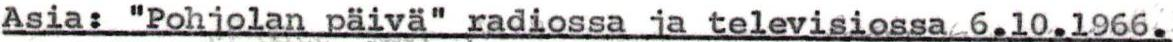
Asia: "Pohjolan päivä" radiossa ja televisiossa 6.10.l966.